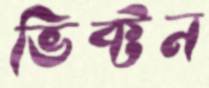
ভিক্টন